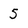
Character: 5